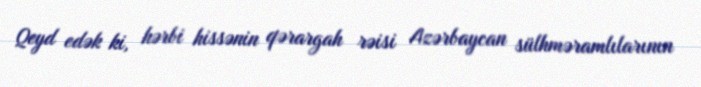
Qeyd edək ki, hərbi hissənin qərargah rəisi Azərbaycan sülhməramlılarının